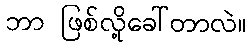
ဘာ ဖြစ်လို့ခေါ်တာလဲ။